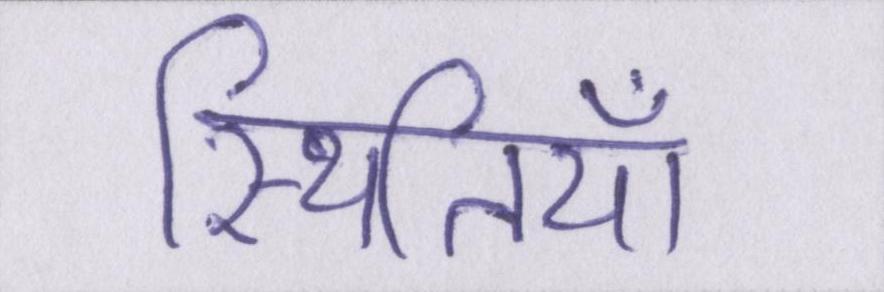
स्थितियाँ